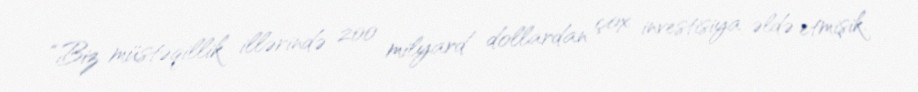
“Biz müstəqillik illərində 200 milyard dollardan çox investisiya əldə etmişik.